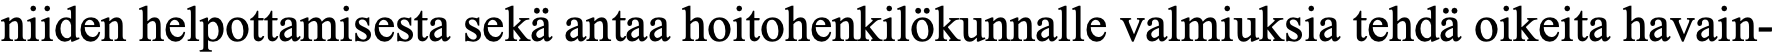
niiden helpottamisesta sekä antaa hoitohenkilökunnalle valmiuksia tehdä oikeita havain-